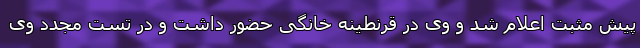
پیش مثبت اعلام شد و وی در قرنطینه خانگی حضور داشت و در تست مجدد وی